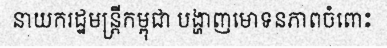
នាយករដ្ឋមន្ត្រីកម្ពុជា បង្ហាញមោទនភាពចំពោះ